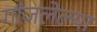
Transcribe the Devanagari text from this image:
गांजलेल्या